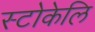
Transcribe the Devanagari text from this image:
स्टोकेलि